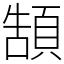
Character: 頶